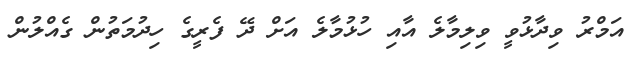
އަމްރު ވިދާޅުވީ ވިލިމާލެ އާއި ހުޅުމާލެ އަށް ދޭ ފެރީގެ ހިދުމަތުން ގެއްލުން